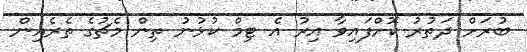
ބުރަށް ދަތުރު ކޮށްފައިވާ އިރު އެ ޓިމް ކުޅުނު ތިން މެޗުގެ ތެރެއިން